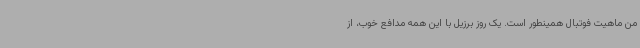
من ماهیت فوتبال همینطور است. یک روز برزیل با این همه مدافع خوب، از